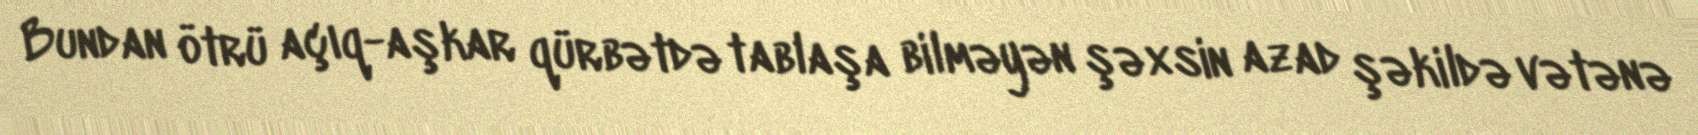
Bundan ötrü açıq-aşkar qürbətdə tablaşa bilməyən şəxsin azad şəkildə vətənə